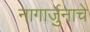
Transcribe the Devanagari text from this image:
नागार्जुनाचे